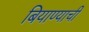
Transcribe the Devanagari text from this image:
बियाण्याची